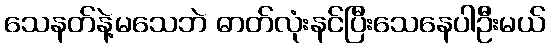
သေနတ်နဲ့မသေဘဲ ဓာတ်လုံးနင်ပြီးသေနေပါဦးမယ်